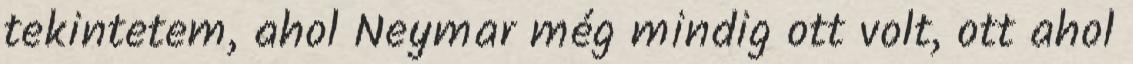
tekintetem, ahol Neymar még mindig ott volt, ott ahol